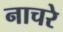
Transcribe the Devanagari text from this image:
नाचरे